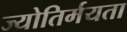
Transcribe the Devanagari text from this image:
ज्योतिर्मयता